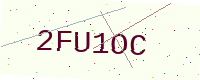
Text: 2FU1OC